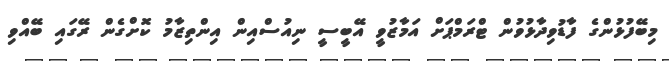
މިބޭފުޅުންގެ ފާޑުވިދާޅުވުން ޓްރަމްޕަށް އަމާޒުވީ އޭބީސީ ނިއުސްއިން އިންތިޒާމު ކޮށްގެން ރޭގައި ބޭއްވި